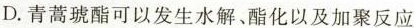
D.青蒿琥酯可以发生水解、酯化以及加聚反应